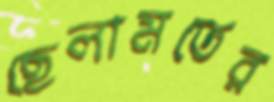
ছেলামতের